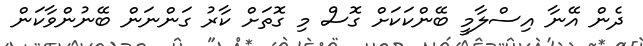
ދެން އޭނާ އިސްލާމީ ބޭންކަކަށް ގޮސް މި ގޮތަށް ކާރު ގަންނަން ބޭނުންވާކަން